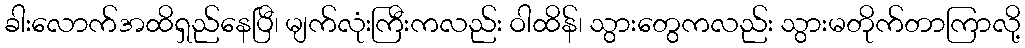
ခါးလောက်အထိရှည်နေပြီ၊ မျက်လုံးကြီးကလည်း ဝါထိန်၊ သွားတွေကလည်း သွားမတိုက်တာကြာလို့